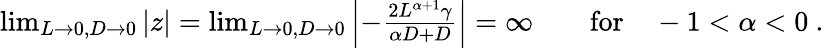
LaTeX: \begin{array}{r}{\operatorname*{lim}_{L\to 0,D\to 0}|z|=\operatorname*{lim}_{L\to 0,D\to 0}\left|-\frac{2L^{\alpha+1}\gamma}{\alpha D+D}\right|=\infty\qquad\mathrm{for}\quad-1<\alpha<0\ .}\end{array}